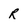
Character: R